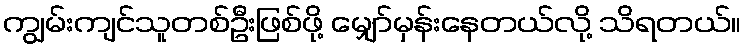
ကျွမ်းကျင်သူတစ်ဦးဖြစ်ဖို့ မျှော်မှန်းနေတယ်လို့ သိရတယ်။